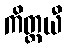
ကိတ္တယီ